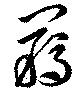
羈